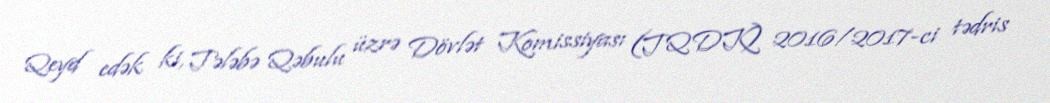
Qeyd edək ki, Tələbə Qəbulu üzrə Dövlət Komissiyası (TQDK) 2016/2017-ci tədris